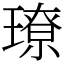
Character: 璙